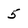
Character: 5